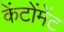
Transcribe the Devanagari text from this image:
केंटोंमेंट